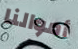
أموالنا